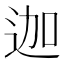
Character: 迦